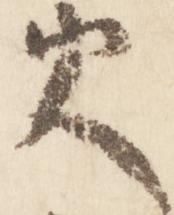
火